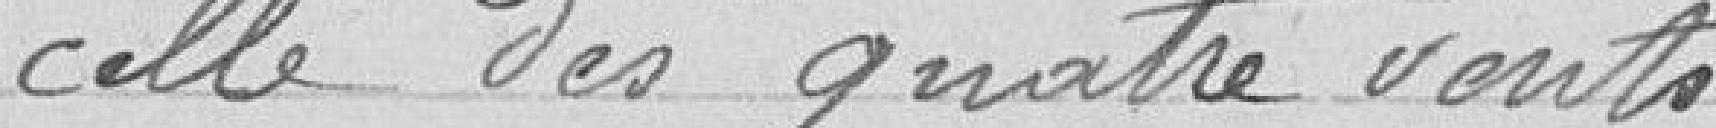
celle des quatre vents.